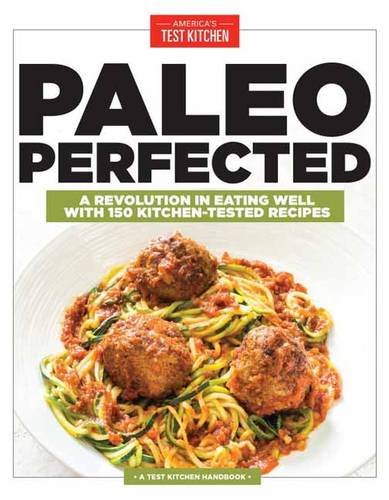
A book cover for Paleo Perfected: A Revolution in Eating Well with 150 Kitchen-Tested Recipes; Cookbooks, Food & Wine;